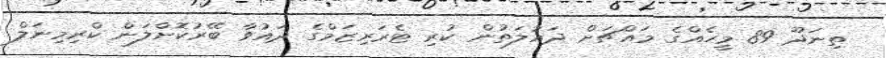
ތިނަދޫ 89 މީހެއްގެ މައްޗަށް ދައުލަތުން ކުރި ޓެރަރިޒަމްގެ ދައުވާ ބޭރުކޮށްލަން ކްރިމިނަލް